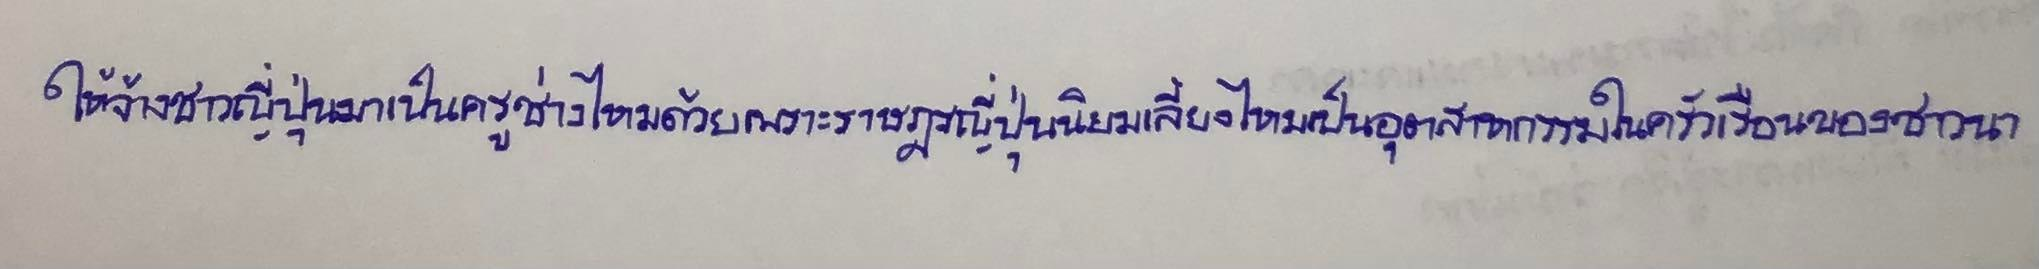
ให้จ้างชาวญี่ปุ่นมาเป็นครูช่างไหมด้วยเพราะราษฎรญี่ปุ่นนิยมเลี้ยงไหมเป็นอุตสาหกรรมในครัวเรือนของชาวนา